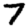
Digit: 7